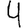
Digit: 4